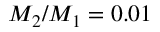
M _ { 2 } / M _ { 1 } = 0 . 0 1